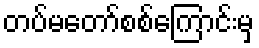
တပ်မတော်စစ်ကြောင်းမှ